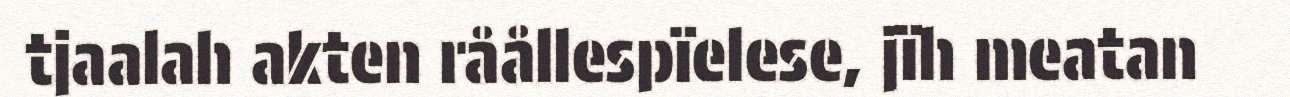
tjaalah akten råållespïelese, jïh meatan